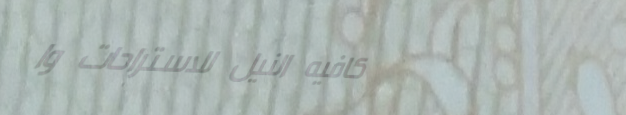
كافيه النيل للاستراحات وا